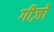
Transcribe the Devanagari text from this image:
गीज़ो